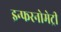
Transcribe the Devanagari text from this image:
इन्फरनोमेट्री